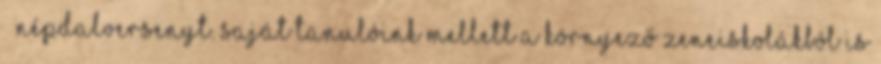
” népdalversenyt. Saját tanulóink mellett a környező zeneiskolákból is